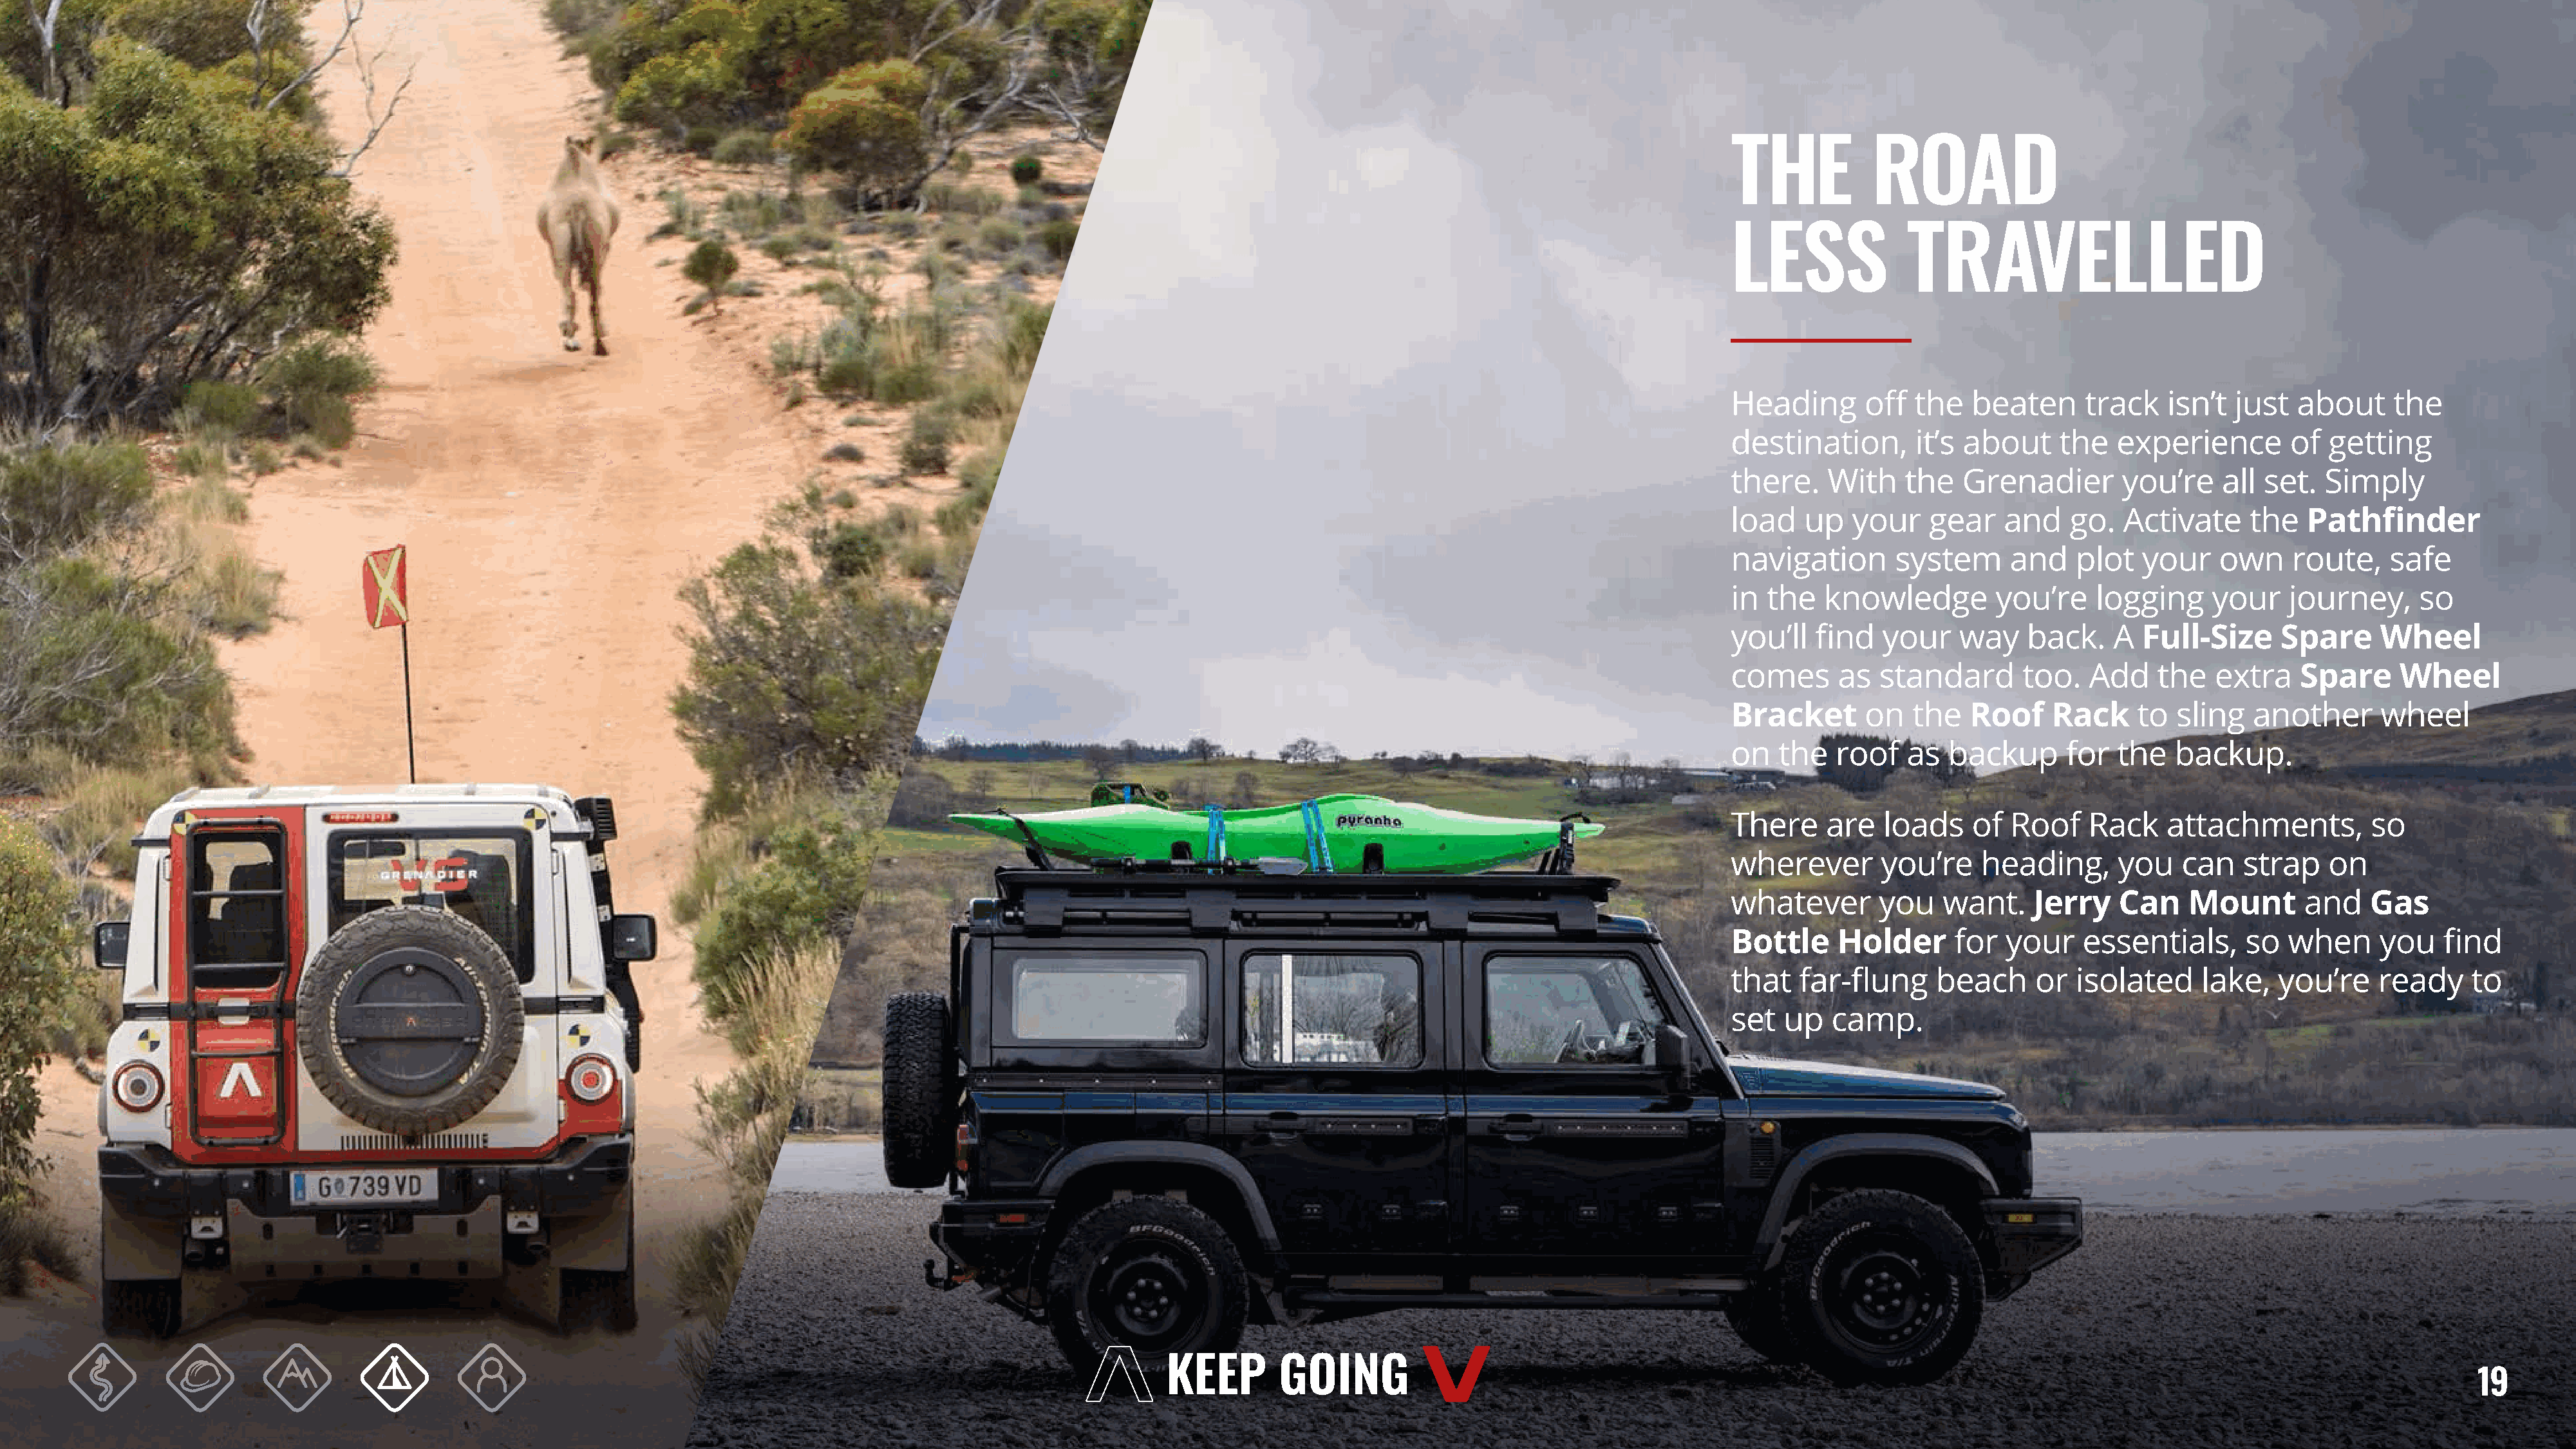
THE           ROAD
 LESS              TRAVELLED
 Heading       off  the   beaten     track    isn’t  just  about     the
 destination,       it’s about     the   experience       of  getting
 there.    With    the   Grenadier       you’re    all  set.  Simply
 load   up   your    gear    and    go.  Activate     the   Pathfinder
 navigation       system      and   plot   your    own     route,    safe
 in  the   knowledge        you’re    logging     your    journey,      so
 you’ll   find   your   way    back.    A  Full-Size      Spare     Wheel
 comes      as  standard       too.   Add    the   extra    Spare     Wheel
 Bracket       on   the   Roof    Rack     to  sling   another      wheel
 on   the   roof   as  backup      for   the   backup.
 There     are   loads    of  Roof    Rack    attachments,         so
 wherever       you’re     heading,      you   can    strap   on
 whatever       you    want.    Jerry    Can    Mount       and    Gas
 Bottle     Holder      for  your    essentials,      so  when      you   find
 that   far-flung     beach     or  isolated     lake,   you’re    ready     to
 set  up   camp.
 19